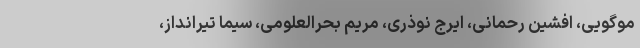
موگویی، افشین رحمانی، ایرج نوذری، مریم بحرالعلومی، سیما تیرانداز،